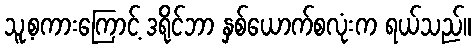
သူ့စကားကြောင့် ဒရိုင်ဘာ နှစ်ယောက်စလုံးက ရယ်သည်။